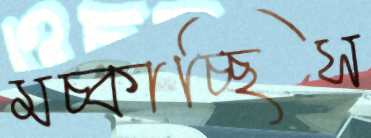
মচ্‌কাচ্ছিস